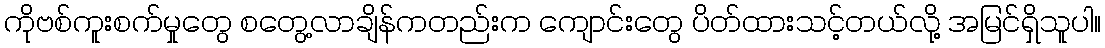
ကိုဗစ်ကူးစက်မှုတွေ စတွေ့လာချိန်ကတည်းက ကျောင်းတွေ ပိတ်ထားသင့်တယ်လို့ အမြင်ရှိသူပါ။